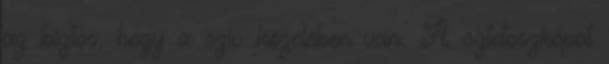
az biztos, hogy a szív közelében van. A sztetoszkópot